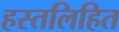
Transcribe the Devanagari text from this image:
हस्तलिहित